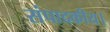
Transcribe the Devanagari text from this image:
संपादकीय।